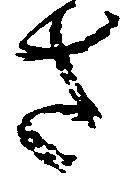
さ